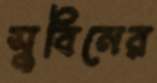
সুবিনের